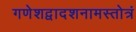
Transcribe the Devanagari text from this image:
गणेशद्वादशनामस्तोत्रं